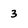
Character: 3